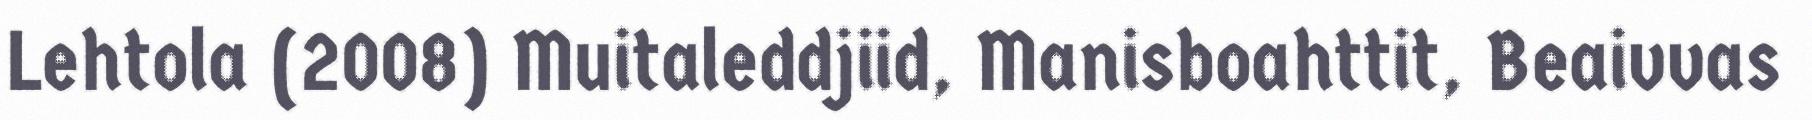
Lehtola (2008) Muitaleddjiid, Manisboahttit, Beaivvas